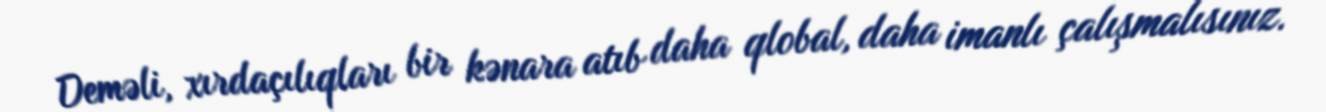
Deməli, xırdaçılıqları bir kənara atıb daha qlobal, daha imanlı çalışmalısınız.